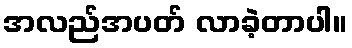
အလည်အပတ် လာခဲ့တာပါ။